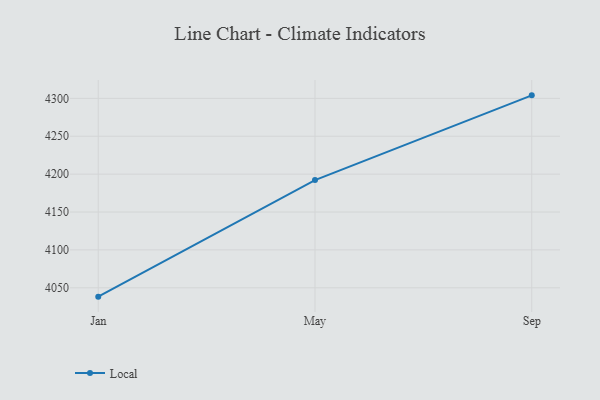
{"axis": {"x": "Month", "y": "Waste Production (Tons)"}, "legend": ["Local"], "data": [{"x": "Jan", "y": 4038.3, "type": "Local"}, {"x": "May", "y": 4192.2, "type": "Local"}, {"x": "Sep", "y": 4304.0, "type": "Local"}]}